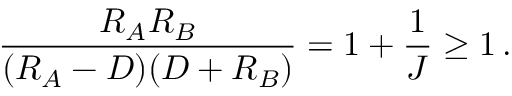
{ \frac { R _ { A } R _ { B } } { ( R _ { A } - D ) ( D + R _ { B } ) } } = 1 + { \frac { 1 } { J } } \ge 1 \, .